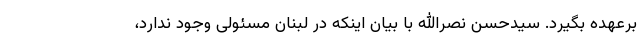
برعهده بگیرد. سیدحسن نصرالله با بیان اینکه در لبنان مسئولی وجود ندارد،